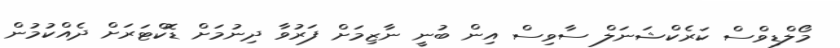
މޯލްޑިވްސް ކަރެކްޝަނަލް ސާވިސް އިން ބުނީ ނާޒިމަށް ފަރުވާ ދިނުމަށް ޑޮކްޓަރަށް ދެއްކުމުން